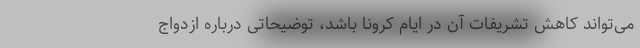
می‌تواند کاهش تشریفات آن در ایام کرونا باشد، توضیحاتی درباره ازدواج